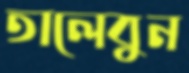
তালেবুন